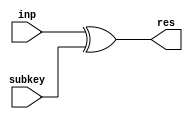
// Project title   : AES Accelerator integrated with PicoRV32I via AXI4-Lite master
// Description     : Hardware modules to perform AES decryption

module AddRoundKey (res, inp, subkey);
	input [127:0] inp, subkey;
	output [127:0] res;

	assign res = inp ^ subkey;        //XORs the inputs since addition in GF(2^8) is XOR
endmodule